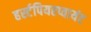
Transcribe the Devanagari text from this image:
हर्स्टपियरप्वायंट